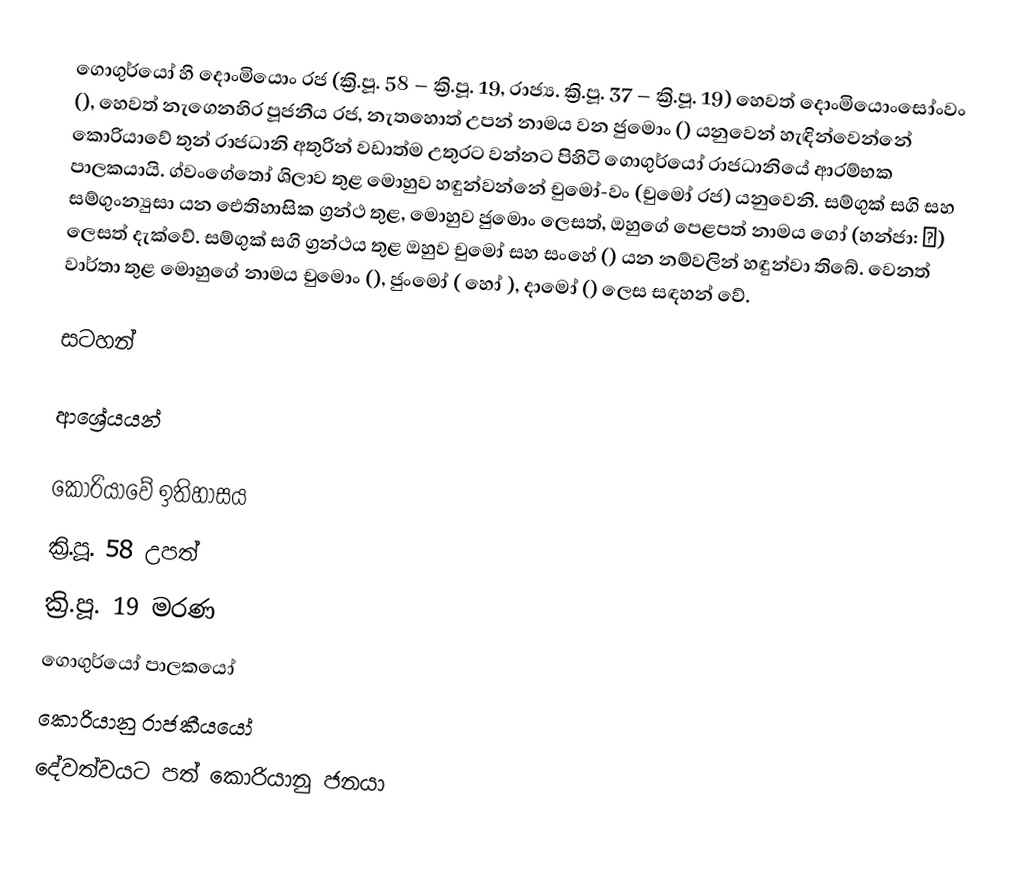
ගොගුර්යෝ හි දොංමියොං රජ (ක්‍රි.පූ. 58 – ක්‍රි.පූ. 19, රාජ්‍ය. ක්‍රි.පූ. 37 – ක්‍රි.පූ. 19) හෙවත් දොංමියොංසෝංවං (), හෙවත් නැගෙනහිර පූජනීය රජ, නැතහොත් උපන් නාමය වන ජුමොං () යනුවෙන් හැඳින්වෙන්නේ කොරියාවේ තුන් රාජධානි අතුරින් වඩාත්ම උතුරට වන්නට පිහිටි ගොගුර්යෝ රාජධානියේ ආරම්භක පාලකයායි. ග්වංගේතෝ ශිලාව තුළ මොහුව හඳුන්වන්නේ චුමෝ-වං (චුමෝ රජ) යනුවෙනි. සම්ගුක් සගි සහ සම්ගුංන්‍යුසා යන ඓතිහාසික ග්‍රන්ථ තුළ, මොහුව ජුමොං ලෙසත්, ඔහුගේ පෙළපත් නාමය ගෝ (හන්ජා: 高) ලෙසත් දැක්වේ. සම්ගුක් සගි ග්‍රන්ථය තුළ ඔහුව චුමෝ සහ සංහේ () යන නම්වලින් හඳුන්වා තිබේ. වෙනත් වාර්තා තුළ මොහුගේ නාමය චුමොං (), ජුංමෝ ( හෝ ), දාමෝ () ලෙස සඳහන් වේ.

සටහන්

ආශ්‍රේයයන්

කොරියාවේ ඉතිහාසය
ක්‍රි.පූ. 58 උපත්
ක්‍රි.පූ. 19 මරණ
ගොගුර්යෝ පාලකයෝ
කොරියානු රාජකීයයෝ
දේවත්වයට පත් කොරියානු ජනයා